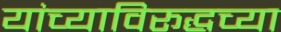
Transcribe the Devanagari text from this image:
यांच्याविरूद्धच्या